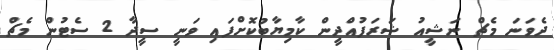
ދެވަނަ މެޗް ނަޝީއު ޝަރަފުއްދީން ކާމިޔާބުކޮށްފައި ވަނީ ސީދާ 2 ސެޓުން މެޗް